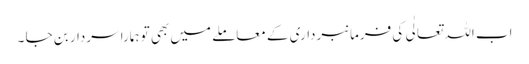
اب اللہ تعالٰی کی فرمانبرداری کے معاملے میں بھی تو ہمارا سردار بن جا ۔